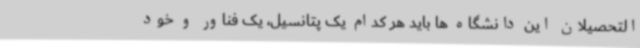
التحصیلان این دانشگاه ها باید هر کدام یک پتانسیل، یک فناور و خود